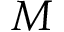
M